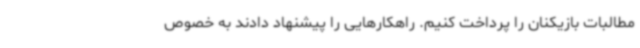
مطالبات بازیکنان را پرداخت کنیم. راهکارهایی را پیشنهاد دادند به خصوص